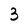
Character: 3